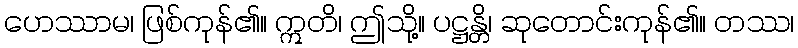
ဟေဿာမ၊ ဖြစ်ကုန်၏။ ဣတိ၊ ဤသို့။ ပဋ္ဌန္တိ၊ ဆုတောင်းကုန်၏။ တဿ၊